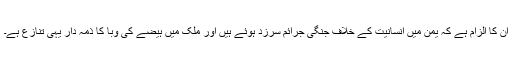
ان کا الزام ہے کہ یمن میں انسانیت کے خلاف جنگی جرائم سرزد ہوئے ہیں اور ملک میں ہیضے کی وبا کا ذمہ دار یہی تنازع ہے۔